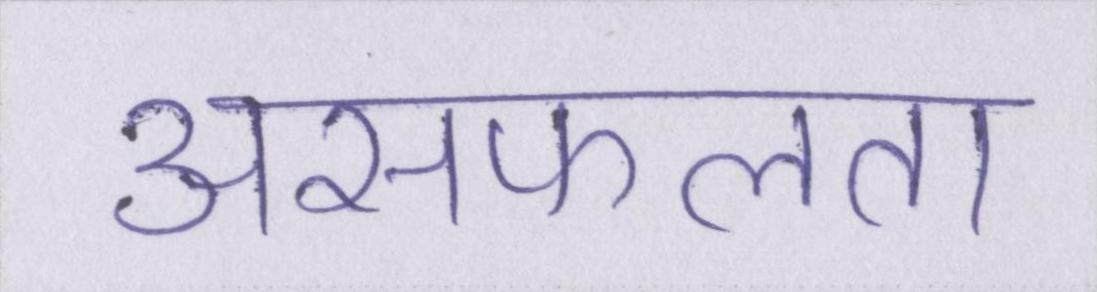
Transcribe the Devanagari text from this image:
असफलता